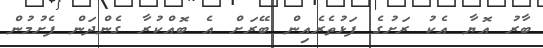
ބާރު އޮޔާ އެކު ރަށުގެ ފަޅުތެރެއިން ބޭރަށް އެ ބޮއްކުރާ ގެންދަން ފެށުމުން